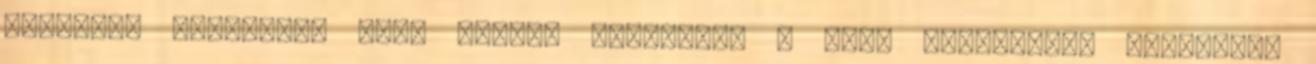
fizetési igazolás. Gyes alatti igénylés: a gyes összegének megfelelő